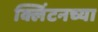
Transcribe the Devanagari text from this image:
क्लिंटनच्या